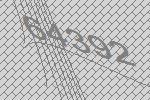
64392